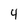
Character: 4